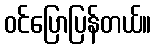
ဝင်ပြောပြန်တယ်။